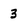
Character: 3